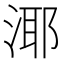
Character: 𪶘